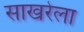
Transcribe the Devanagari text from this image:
साखरेला